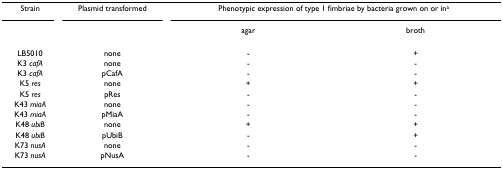
<table><thead><tr><td><b>Strain</b></td><td><b>Plasmid transformed</b></td><td colspan="2"><b>Phenotypic expression of type 1 fimbriae by bacteria grown on or in<sup>a</sup></b></td></tr><tr><td></td><td></td><td><b>agar</b></td><td><b>broth</b></td></tr></thead><tbody><tr><td>LB5010</td><td>none</td><td>-</td><td>+</td></tr><tr><td>K3 <i>cafA</i></td><td>none</td><td>-</td><td>-</td></tr><tr><td>K3 <i>cafA</i></td><td>pCafA</td><td>-</td><td>-</td></tr><tr><td>K5 <i>res</i></td><td>none</td><td>+</td><td>+</td></tr><tr><td>K5 <i>res</i></td><td>pRes</td><td>-</td><td>-</td></tr><tr><td>K43 <i>miaA</i></td><td>none</td><td>-</td><td>-</td></tr><tr><td>K43 <i>miaA</i></td><td>pMiaA</td><td>-</td><td>-</td></tr><tr><td>K48 <i>ubiB</i></td><td>none</td><td>+</td><td>+</td></tr><tr><td>K48 <i>ubiB</i></td><td>pUbiB</td><td>-</td><td>+</td></tr><tr><td>K73 <i>nusA</i></td><td>none</td><td>-</td><td>-</td></tr><tr><td>K73 <i>nusA</i></td><td>pNusA</td><td>-</td><td>-</td></tr></tbody></table>